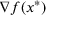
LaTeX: \nabla f ( x ^ { * } )